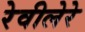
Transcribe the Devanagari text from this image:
रेवीलेरे